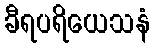
ခီရပရိယေသနံ